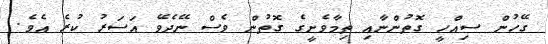
ގޭހުން ސިއްހީ ގޮތުންނާއި ތިމާވެށީގެ ގޮތުން ވެސް ނޭދެވޭ އަސަރު ކުރެ އެވެ.